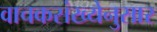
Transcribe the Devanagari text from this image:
वाचकसंख्येनुसार